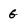
Character: G